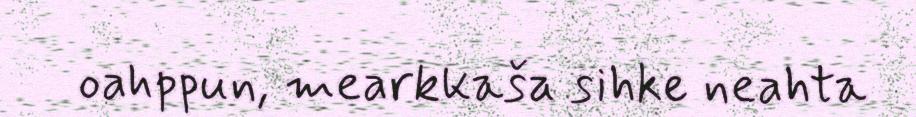
oahppun, mearkkaša sihke neahta